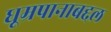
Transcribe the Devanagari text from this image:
धूम्रपानाबद्दल